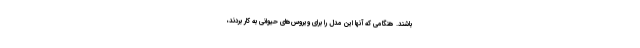
باشند. هنگامی که آنها این مدل را برای ویروس‌های حیوانی به کار بردند،